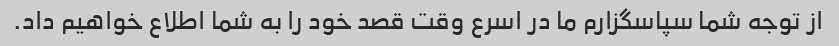
از توجه شما سپاسگزارم ما در اسرع وقت قصد خود را به شما اطلاع خواهیم داد.